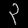
Digit: ၃